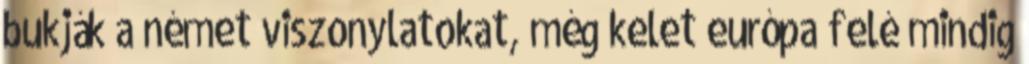
bukják a német viszonylatokat, még kelet európa felé mindig